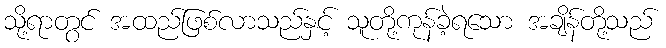
သို့ရာတွင် အထည်ဖြစ်လာသည်နှင့် သူတို့ကုန်ခဲ့ရသော အချိန်တို့သည်